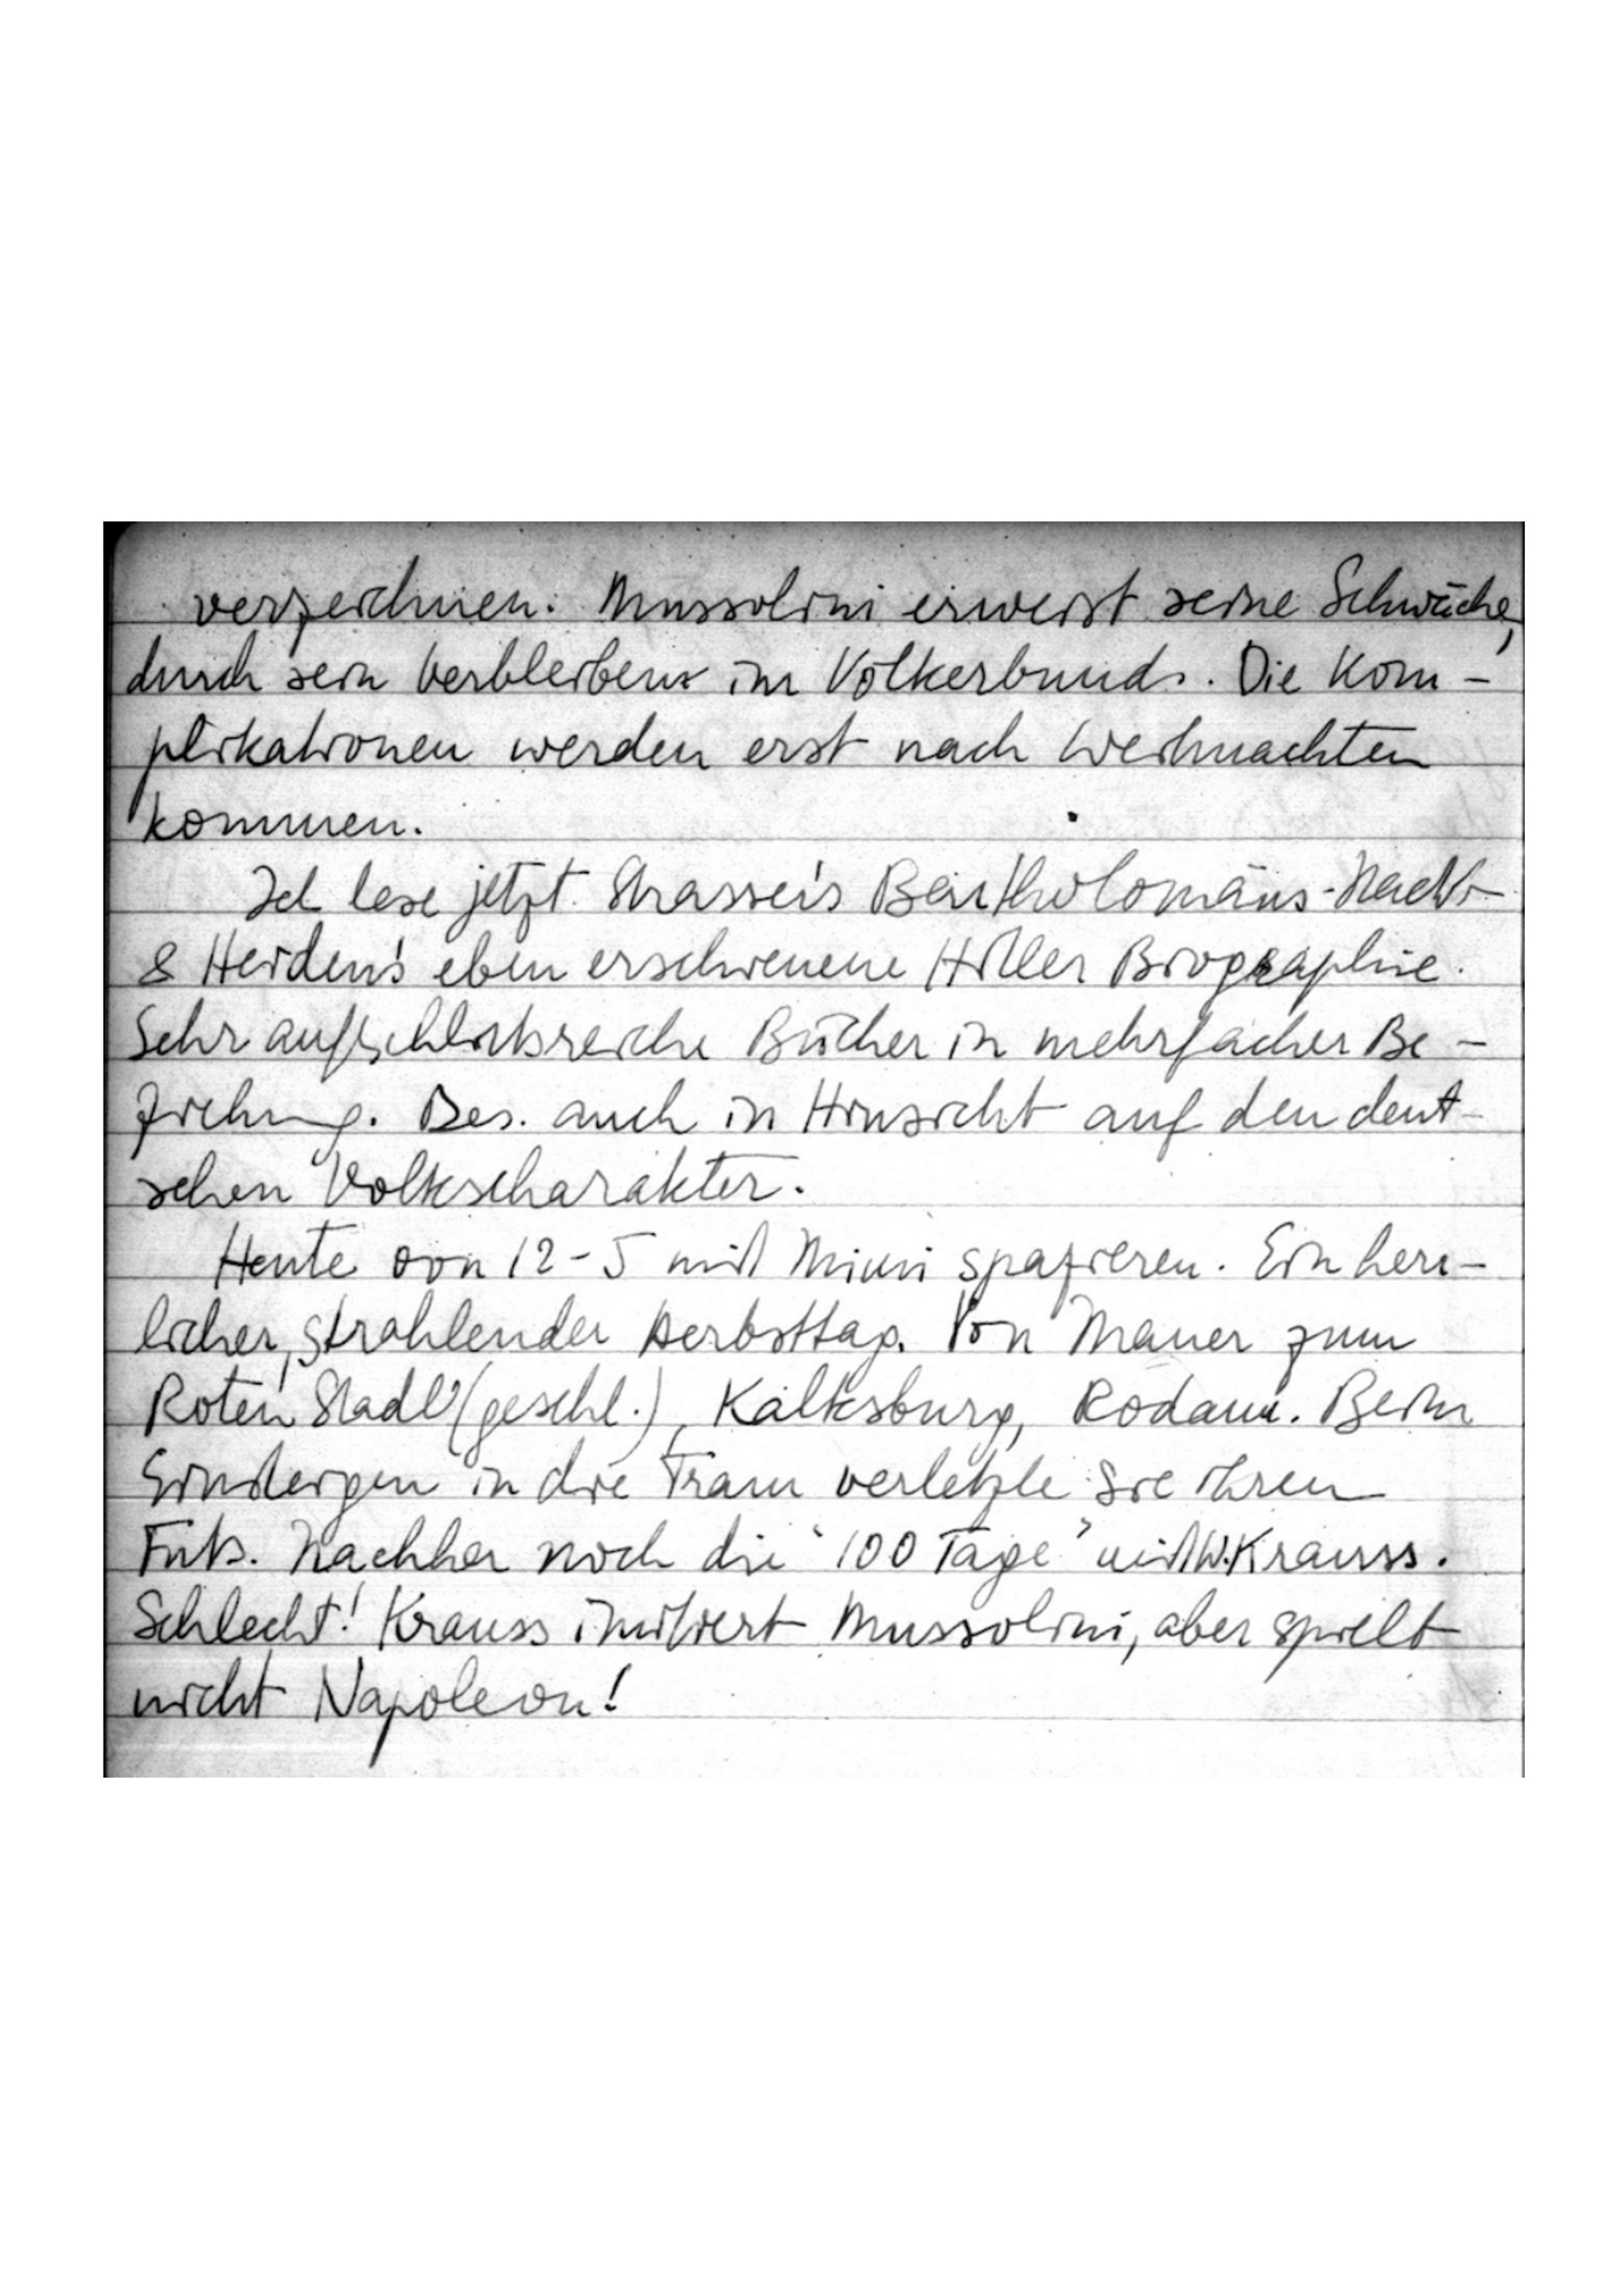
verzeichnen. Mussolini erweist seine Schwäche
durch sein Verbleiben im Völkerbund. Die Kom
plikationen werden erst nach Weihnachten
kommen.
Ich lese jetzt Strasser’s Bartholomäus-Nacht
& Heidens‘ eben erschienene Hitler Biographie.
Sehr aufschlußreiche Bücher in mehrfacher Be
ziehung. Bes. auch in Hinsicht auf den deu
schen Volkscharakter.
Heute von 12-5 mit Mimi spazieren. Ein herrlicher,
strahlender Herbsttag. Von Mauer zum
Roten Stadl (geschl.), Kalksburg, Rodaun. Beim
Einsteigen in die Tram verletzte sie ihren
Fuß. Nachher noch die ‚100 Tage‘ mit W. Krauss.
Schlecht! Krauss imitiert Mussolini, aber spielt
nicht Napoleon!